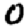
Digit: 0